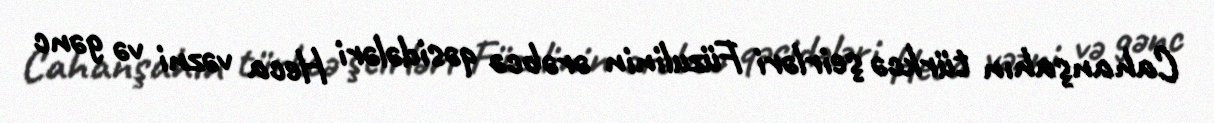
Cahanşahın türkcə şeirləri Füzulinin ərəbcə qəsidələri Heca vəzni və gənc